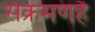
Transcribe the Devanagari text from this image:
संक्रमणहै